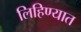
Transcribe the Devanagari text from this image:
लिहिण्‍यात